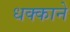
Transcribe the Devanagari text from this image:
धक्काने